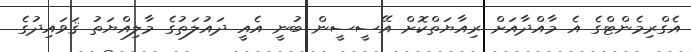
އެގްރިމެންޓްގެ އެ މާއްދާއަށް ރިއާޔަތްކޮށް އޭސީސީން ބުނީ އެއީ ދައުލަތުގެ މާލިއްޔަތު ޤަވައިދުގެ